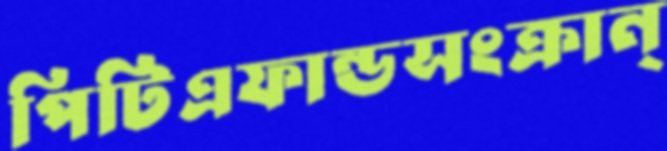
পিটিএফান্ডসংক্রান্